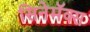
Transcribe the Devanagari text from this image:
सिनेमॅक्स